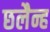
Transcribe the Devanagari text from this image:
छलैन्ह